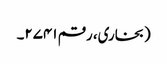
(بخاری، رقم ۲۷۴۱۔